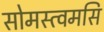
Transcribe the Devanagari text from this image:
सोमस्त्वमसि